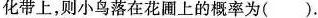
化带上，则小鸟落在花圃上的概率为( )。